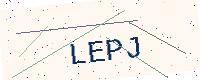
Text: LEPJ